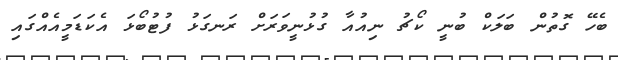
ބެހޭ ގޮތުން ބަލަކް ބުނީ ކޯޗު ނިއުއާ ގުޅުނީވަރަށް ރަނގަޅު ފުޓުބޯޅަ އެކަޑަމީއެއްގައި